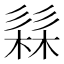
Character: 𭛗